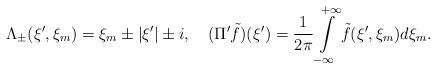
LaTeX: \begin{align*}\Lambda_{\pm}(\xi',\xi_m)=\xi_m\pm|\xi'|\pm i,~~~ (\Pi'\tilde f)(\xi')=\frac{1}{2\pi}\int\limits_{-\infty}^{+\infty}\tilde f(\xi',\xi_m)d\xi_m.\end{align*}